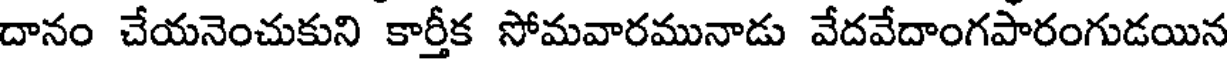
దానం చేయనెంచుకుని కార్తీక సోమవారమునాడు వేదవేదాంగపారంగుడయిన